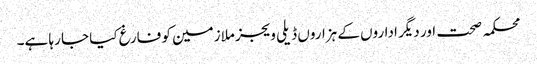
محکمہ صحت اور دیگر اداروں کے ہزاروں ڈیلی ویجز ملازمین کو فارغ کیا جا رہا ہے۔